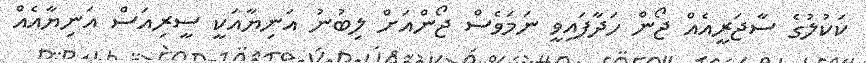
ކަކުލުގެ ސާޖަރީއެއް ޖޯން ހަދާފައިވީ ނަމަވެސް ޖޯންއަށް ލިބުނު އަނިޔާއަކީ ސީރިއަސް އަނިޔާއެއް